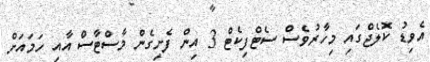
އެވިޑު ކޮލެޖްގައި މިހާރުވެސް ސެޓްފިކެޓް 3 އިން ފެށިގެން މާސްޓާސް އާއި ހަމައަށް